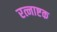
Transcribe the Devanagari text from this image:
रत्नाष्टक